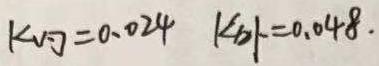
$K_{\text{内}}=0.024\quad K_{\text{外}}=0.048.$